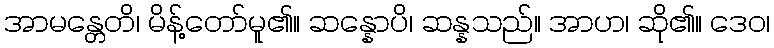
အာမန္တေတိ၊ မိန့်တော်မူ၏။ ဆန္နောပိ၊ ဆန္နသည်။ အာဟ၊ ဆို၏။ ဒေဝ၊